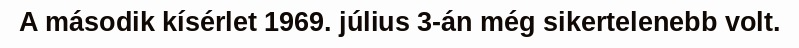
A második kísérlet 1969. július 3-án még sikertelenebb volt.